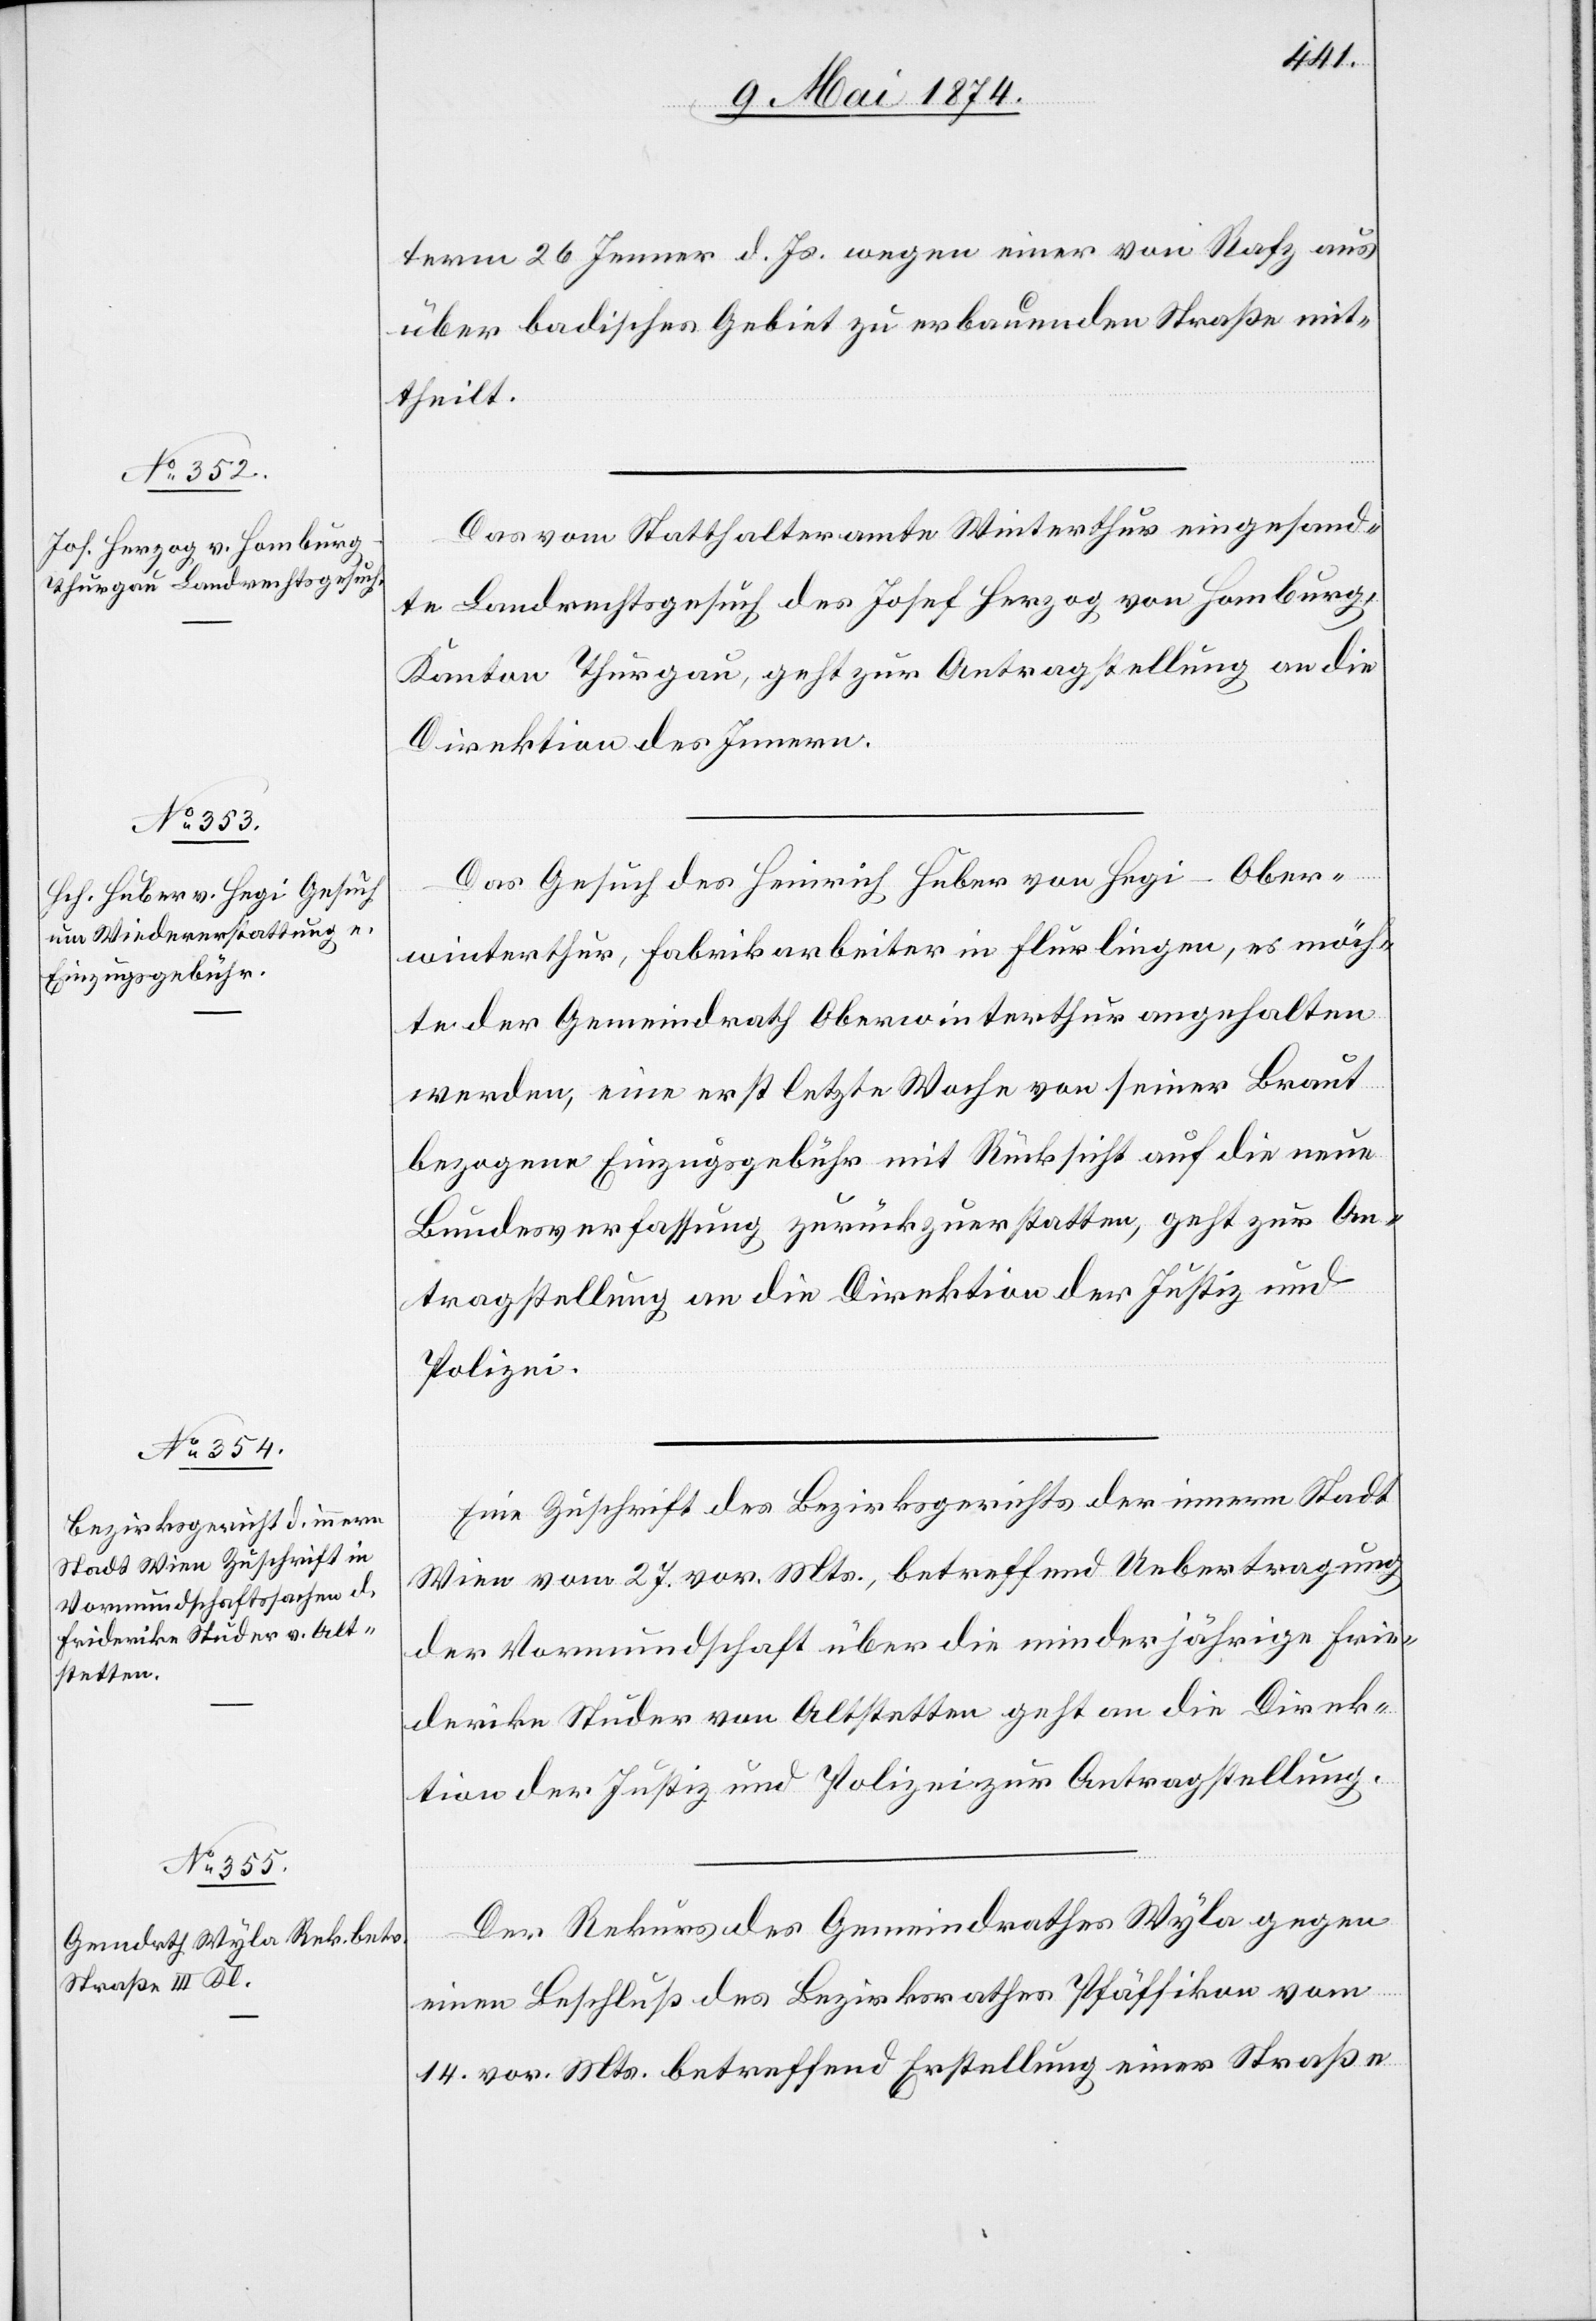
stetten

11. Mai 1874.]
Direk¬
term 26. Jenner d. Js. wegen einer von Rafz aus
über badisches Gebiet zu erbauenden Straße mit¬
theilt.
Das vom Statthalteramte Winterthur eingesand¬
te Landrechtsgesuch des Josef Herzog von Homburg,
Kanton Thurgau, geht zur Antragstellung an die
Direktion des Innern.
Das Gesuch des Heinrich Huber von Hegi-Ober¬
winterthur, Fabrikarbeiter in Flurlingen, es möch¬
te der Gemeindrath Oberwinterthur angehalten
werden, eine erst letzte Woche von seiner Braut
bezogene Einzugsgebühr mit Rücksicht auf die neue
Bundesverfassung zurückzuerstatten, geht zur An¬
tragstellung an die Direktion der Justiz und
Polizei.
Eine Zuschrift des Bezirksgerichts der innern Stadt
Wien vom 27. vor. Mts., betreffend Uebertragung
der Vormundschaft über die minderjährige Frie¬
tion der Justiz und Polizei zur Antragstellung.
Der Rekurs des Gemeindrathes Wyla gegen
einen Beschluß des Bezirksrathes Pfäffikon vom
14. vor. Mts. betreffend Erstellung einer Straße